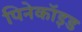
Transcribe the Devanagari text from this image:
पिनेकॉइड